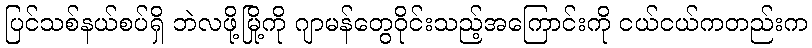
ပြင်သစ်နယ်စပ်ရှိ ဘဲလဖို့မြို့ကို ဂျာမန်တွေဝိုင်းသည့်အကြောင်းကို ငယ်ငယ်ကတည်းက